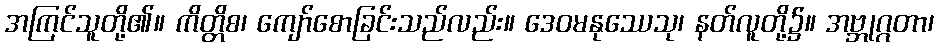
အကြင်သူတို့၏။ ကိတ္တိစ၊ ကျော်စောခြင်းသည်လည်း။ ဒေဝမနုဿေသု၊ နတ်လူတို့၌။ အဗ္ဘုဂ္ဂတာ၊